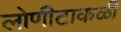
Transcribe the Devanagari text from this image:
लोणीटाकळी